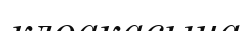
клоакасына